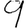
Digit: 9